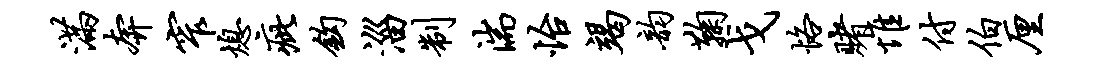
满奔窄熄疵钩淄制湍怡竭韵鞠戈恪赌惟付伯厘